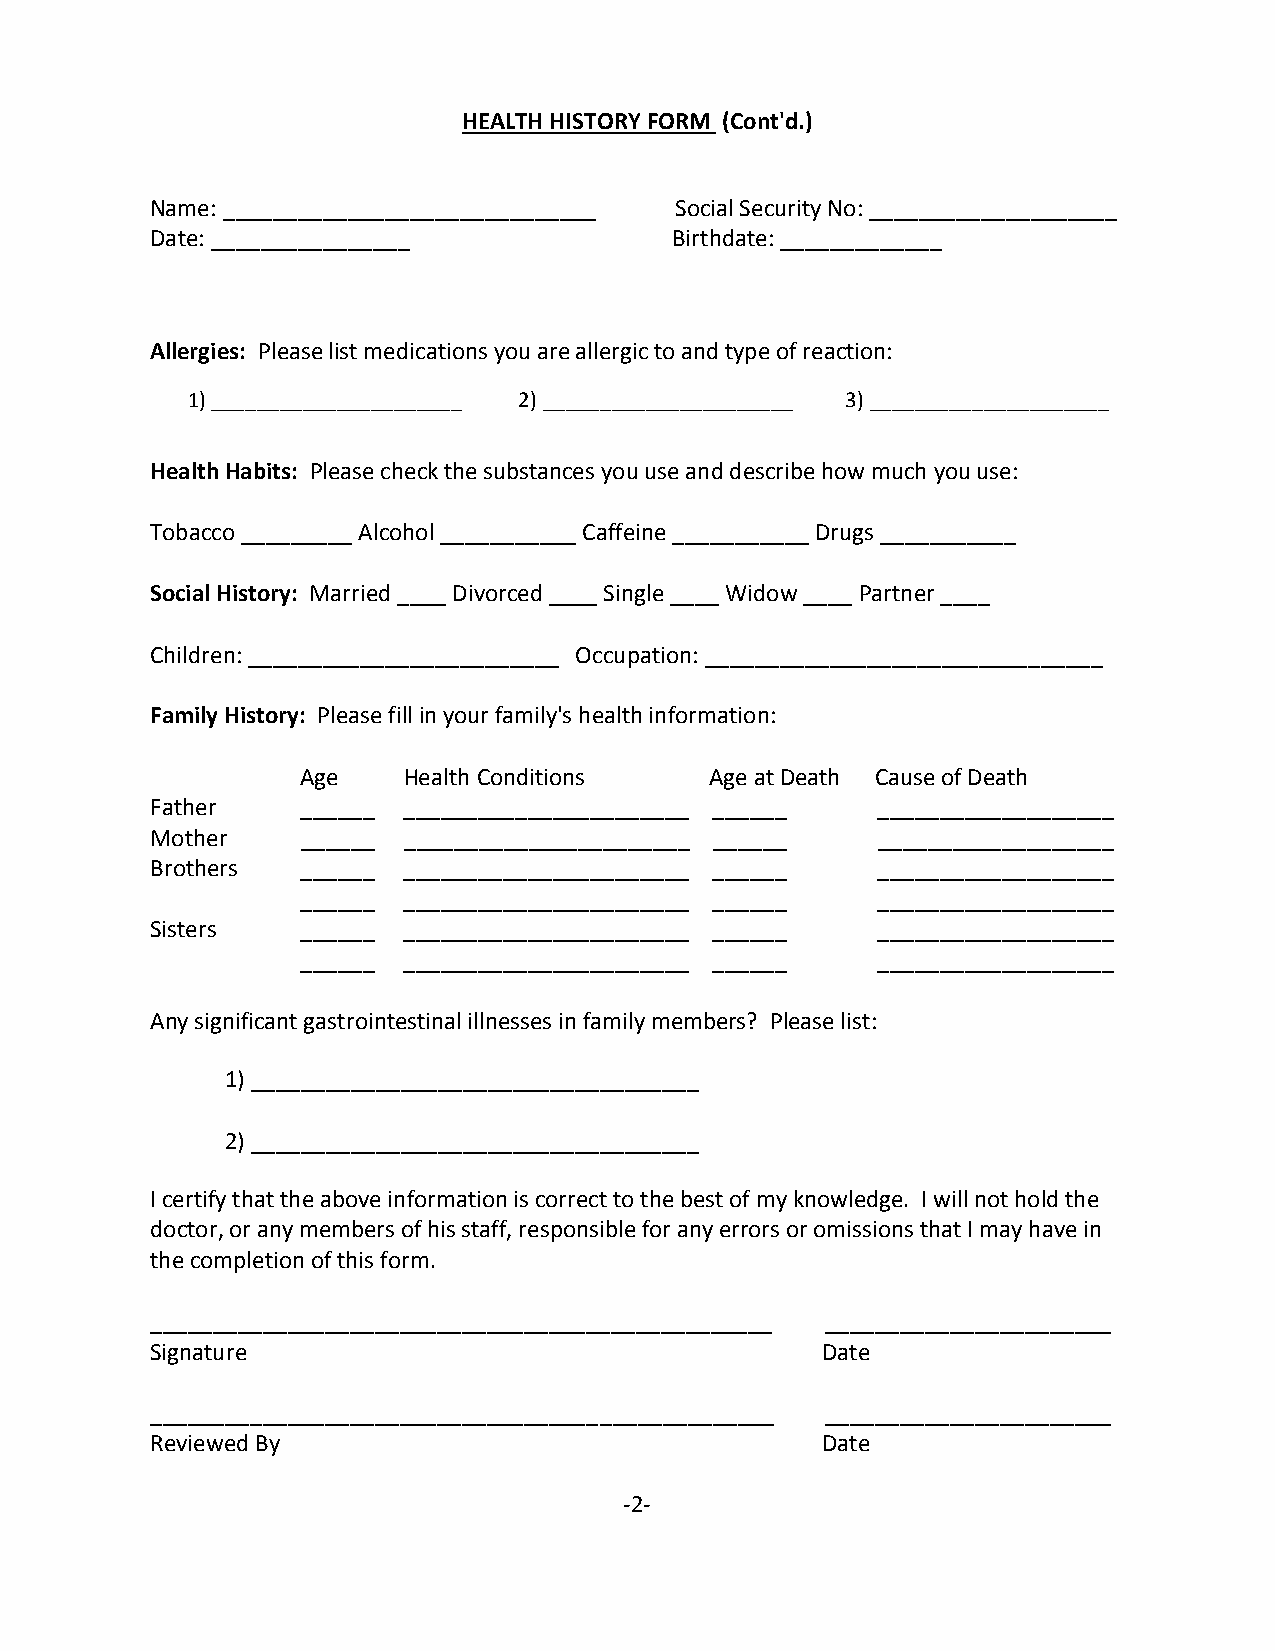
HEALTH HISTORY FORM (Cont'd.)
 Name: ______________________________ Social Security No: ____________________
 Date: ________________            Birthdate: _____________
 Allergies: Please list medications you are allergic to and type of reaction:
 1) ______________________ 2) ______________________ 3) _____________________
 Health Habits: Please check the substances you use and describe how much you use:
 Tobacco _________ Alcohol ___________ Caffeine ___________ Drugs ___________
 Social History: Married ____ Divorced ____ Single ____ Widow ____ Partner ____
 Children: _________________________ Occupation: ________________________________
 Family History: Please fill in your family's health information:
 Age    Health Conditions   Age at Death Cause of Death
 Father    ______ _______________________ ______ ___________________
 Mother    ______ _______________________ ______ ___________________
 Brothers  ______ _______________________ ______ ___________________
 ______ _______________________ ______ ___________________
 Sisters   ______ _______________________ ______ ___________________
 ______ _______________________ ______ ___________________
 Any significant gastrointestinal illnesses in family members? Please list:
 1) ____________________________________
 2) ____________________________________
 I certify that the above information is correct to the best of my knowledge. I will not hold the
 doctor, or any members of his staff, responsible for any errors or omissions that I may have in
 the completion of this form.
 __________________________________________________ _______________________
 Signature                                   Date
 ____________________________________ ______________ _______________________
 Reviewed By                                 Date
 -2-